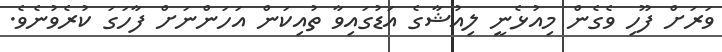
ވަރަށް ފޫހި ވެގެން މިއުޅެނީ ލިއުޝާގެ އަޑުގައިވާ ތުއިކަން އަހަންނަށް ފާހަގަ ކުރެވުނެވެ.